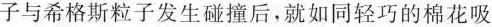
子与希格斯粒子发生碰撞后，就如同轻巧的棉花吸